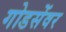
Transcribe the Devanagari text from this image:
गोडसेंवर